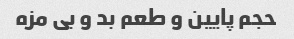
حجم پایین و طعم بد و بی مزه